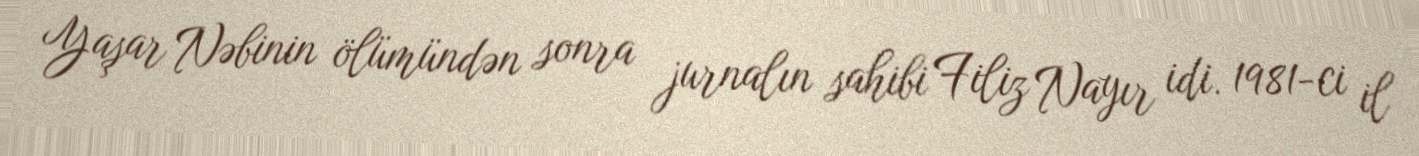
Yaşar Nəbinin ölümündən sonra jurnalın sahibi Filiz Nayır idi. 1981-ci il